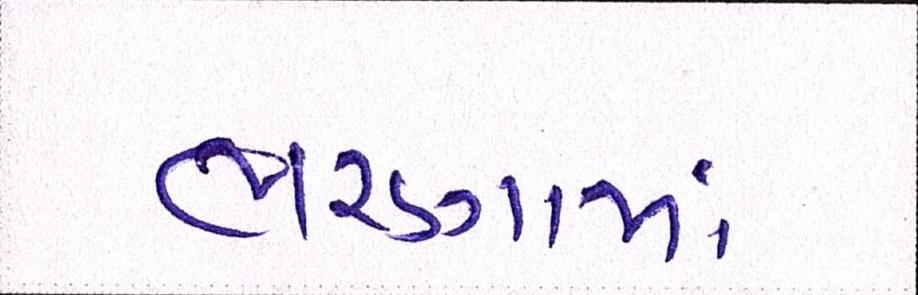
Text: ભરણામાં